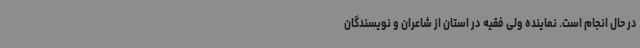
در حال انجام است. نماینده ولی فقیه در استان از شاعران و نویسندگان